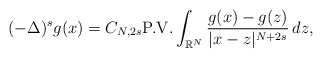
\begin{align*}(-\Delta)^{s} g(x)= C_{N,2s }\mbox{P.V.}\int_{\mathbb{R}^N} \frac{g(x)-g(z)}{|x-z|^{N+{2s}}}\,dz,\end{align*}